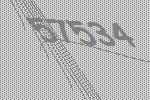
57534